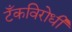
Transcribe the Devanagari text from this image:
टँकविरोधी